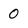
Character: 0